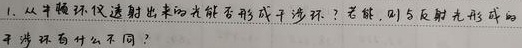
1. 从半镀环仅透射出来的光能否形成干涉环？若能，则与反射光形成的干涉环有什么不同？